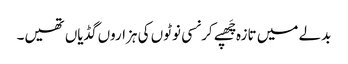
بدلے میں تازہ چَھپے کرنسی نوٹوں کی ہزاروں گڈیاں تھیں۔